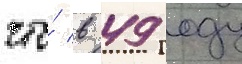
что́ в 49 году